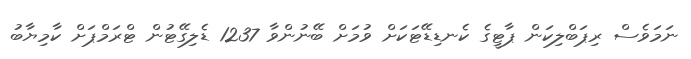
ނަމަވެސް ރިޕަބްލިކަން ޕާޓީގެ ކެނޑިޑޭޓަކަށް ވުމަށް ބޭނުންވާ 1237 ޑެލިގޭޓުން ޓްރަމްޕަށް ކާމިޔާބު